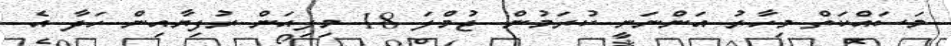
މަސައްކަތް މިހާރު އަންނަނީ ކުރަމުން. ޖުމްލަ 18 މިލިއަން ރުފިޔާއިން ހަދާ އެ